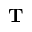
\mathbf { T }